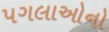
પગલાઓનો